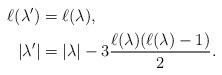
LaTeX: \begin{align*}\ell(\lambda') &= \ell(\lambda), \\|\lambda'| & = |\lambda| - 3 \frac{\ell(\lambda)(\ell(\lambda) - 1)}{2}. \end{align*}